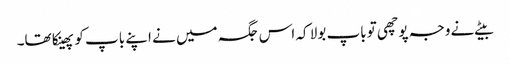
بیٹے نے وجہ پوچھی تو باپ بولا کہ اس جگہ میں نے اپنے باپ کو پھینکا تھا۔